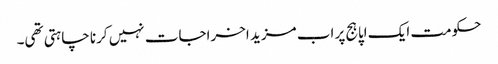
حکومت ایک اپاہج پر اب مزید اخراجات نہیں کرنا چاہتی تھی۔